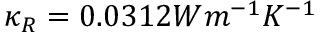
\kappa _ { R } = 0 . 0 3 1 2 W m ^ { - 1 } K ^ { - 1 }